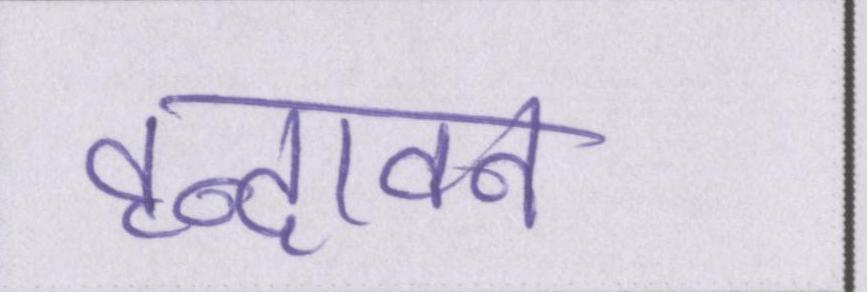
वृन्दावन